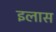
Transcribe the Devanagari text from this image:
इलास